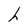
Character: h